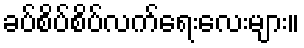
ခပ်စိပ်စိပ်လက်ရေးလေးများ။